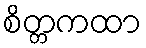
စိတ္တကထာ